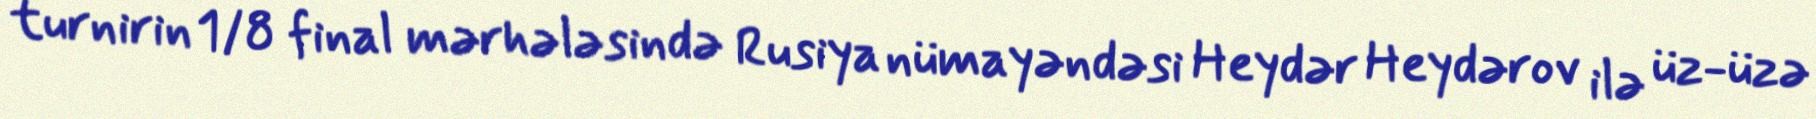
turnirin 1/8 final mərhələsində Rusiya nümayəndəsi Heydər Heydərov ilə üz-üzə